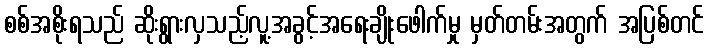
စစ်အစိုးရသည် ဆိုးရွားလှသည့်လူ့အခွင့်အရေးချိုးဖေါက်မှု မှတ်တမ်းအတွက် အပြစ်တင်